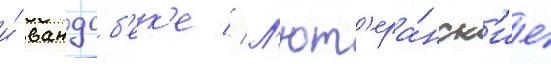
и́ вандсб'ек'е // Л'ют'ера́нск'ие